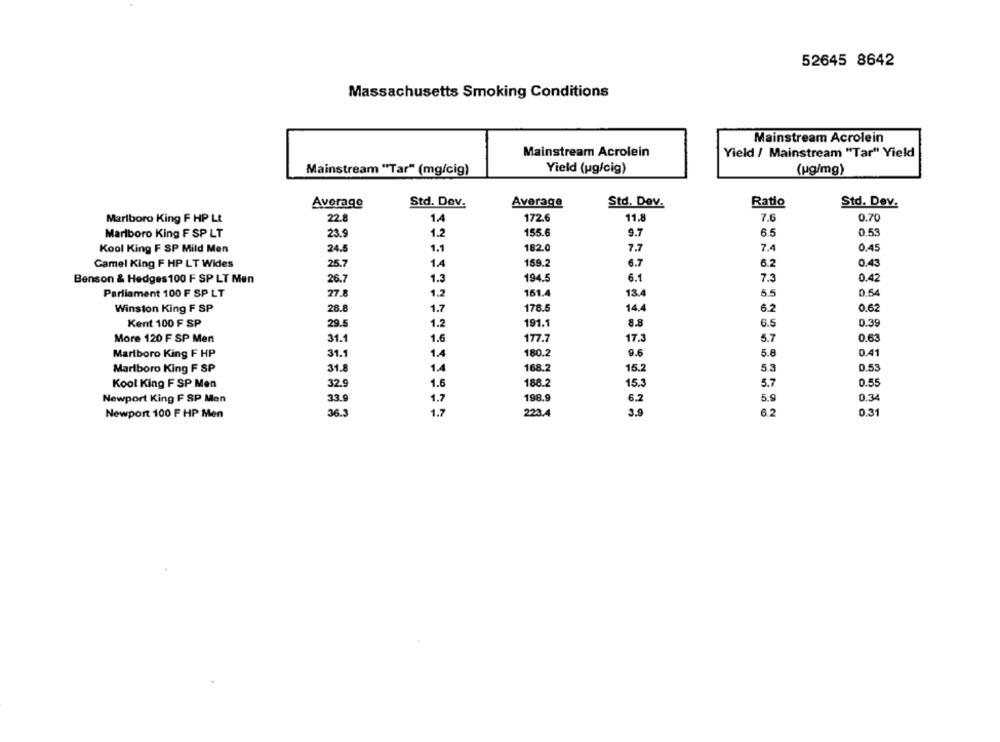
52645 8642
Massachusetts Smoking Conditions
Mainstream Acrolein
Mainstream Acrolein
Yield / Mainstream "Tar" Yield
Yield (ug/cig)
(ug/mg)
Mainstream "Tar" (mg/cig)
Average
Std. Dev.
Average
Std. Dev.
Ratio
Std. Dev.
Marlboro King F HP Lt
22.8
1.4
172.6
11.8
7.6
0.70
Marlboro King F SP LT
23.5
1.2
155.6
9.7
6.5
0.53
Kool King F SP Mild Men
24.5
1.1
182.0
7.7
7.4
0.45
Camel King F HP LT Wides
25.7
1.4
159.2
6.7
6.2
0.43
Benson & Hedges 100 F SP LT Men
26.7
1.3
194.5
6.1
7.3
0.42
Parliament 100 F SP LT
27.8
1.2
151.4
13,4
5.5
0.54
Winston King F SP
28.8
1.7
178.5
14.4
6.2
0.62
Kent 100 F SP
29.5
1.2
191.1
8.8
6.5
0.39
More 120 F SP Men
31.
1.6
177.7
17.3
5.7
0.63
Marlboro King F HP
31.1
1.4
180.2
9.6
5.8
0.41
Marlboro King F SP
31.8
1.4
168.2
15.2
5.3
0.53
Kool King F SP Men
32.9
1.6
188.2
15.3
5.7
0.55
Newport King F SP Men
33.9
1.7
198.9
6.2
5.9
0.34
Newport 100 F HP Men
36.
1.7
223.4
3.9
6.2
0.31